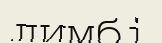
лимбі